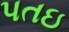
પતઇ